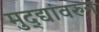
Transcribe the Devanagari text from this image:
मुद्द्यांवरुन